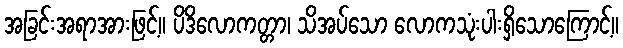
အခြင်းအရာအားဖြင့်။ ပိဒိလောကတ္တာ၊ သိအပ်သော လောကသုံးပါးရှိသောကြောင့်။